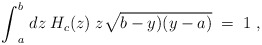
\begin{align*}{\int}_a^b \; dz \; H_c(z) \; z \sqrt{b-y)(y-a)} \; = \;1\;,\end{align*}